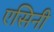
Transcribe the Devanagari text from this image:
एसिनी